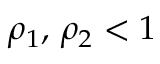
\rho _ { 1 } , \, \rho _ { 2 } < 1